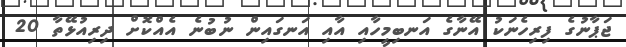
ޖަޕާނުގެ ފިރިހެނަކު އޭނާގެ އަނބިމީހާއި އާއި އަނގައިން ނުބުނެ އެއްކޮށް ދިރިއުޅޭތާ 20